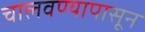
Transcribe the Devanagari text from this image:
चालवण्यापासून